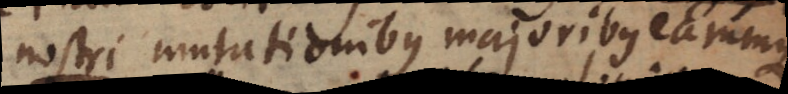
nostri mutationibus majoribus earumque